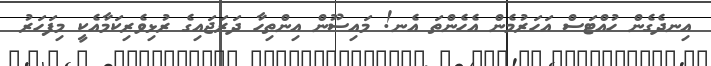
އިނދެގެން ހުއްޓަސް އަހަރުމެން އެހެންތަ އެނ! މައިސޫން އިންތިހާ ދަރަޖައިގެ ރުޅިވެރިކަމާއެކީ މިފަހަރު